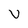
Character: v